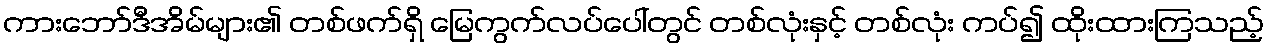
ကားဘော်ဒီအိမ်များ၏ တစ်ဖက်ရှိ မြေကွက်လပ်ပေါ်တွင် တစ်လုံးနှင့် တစ်လုံး ကပ်၍ ထိုးထားကြသည့်